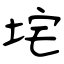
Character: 垞